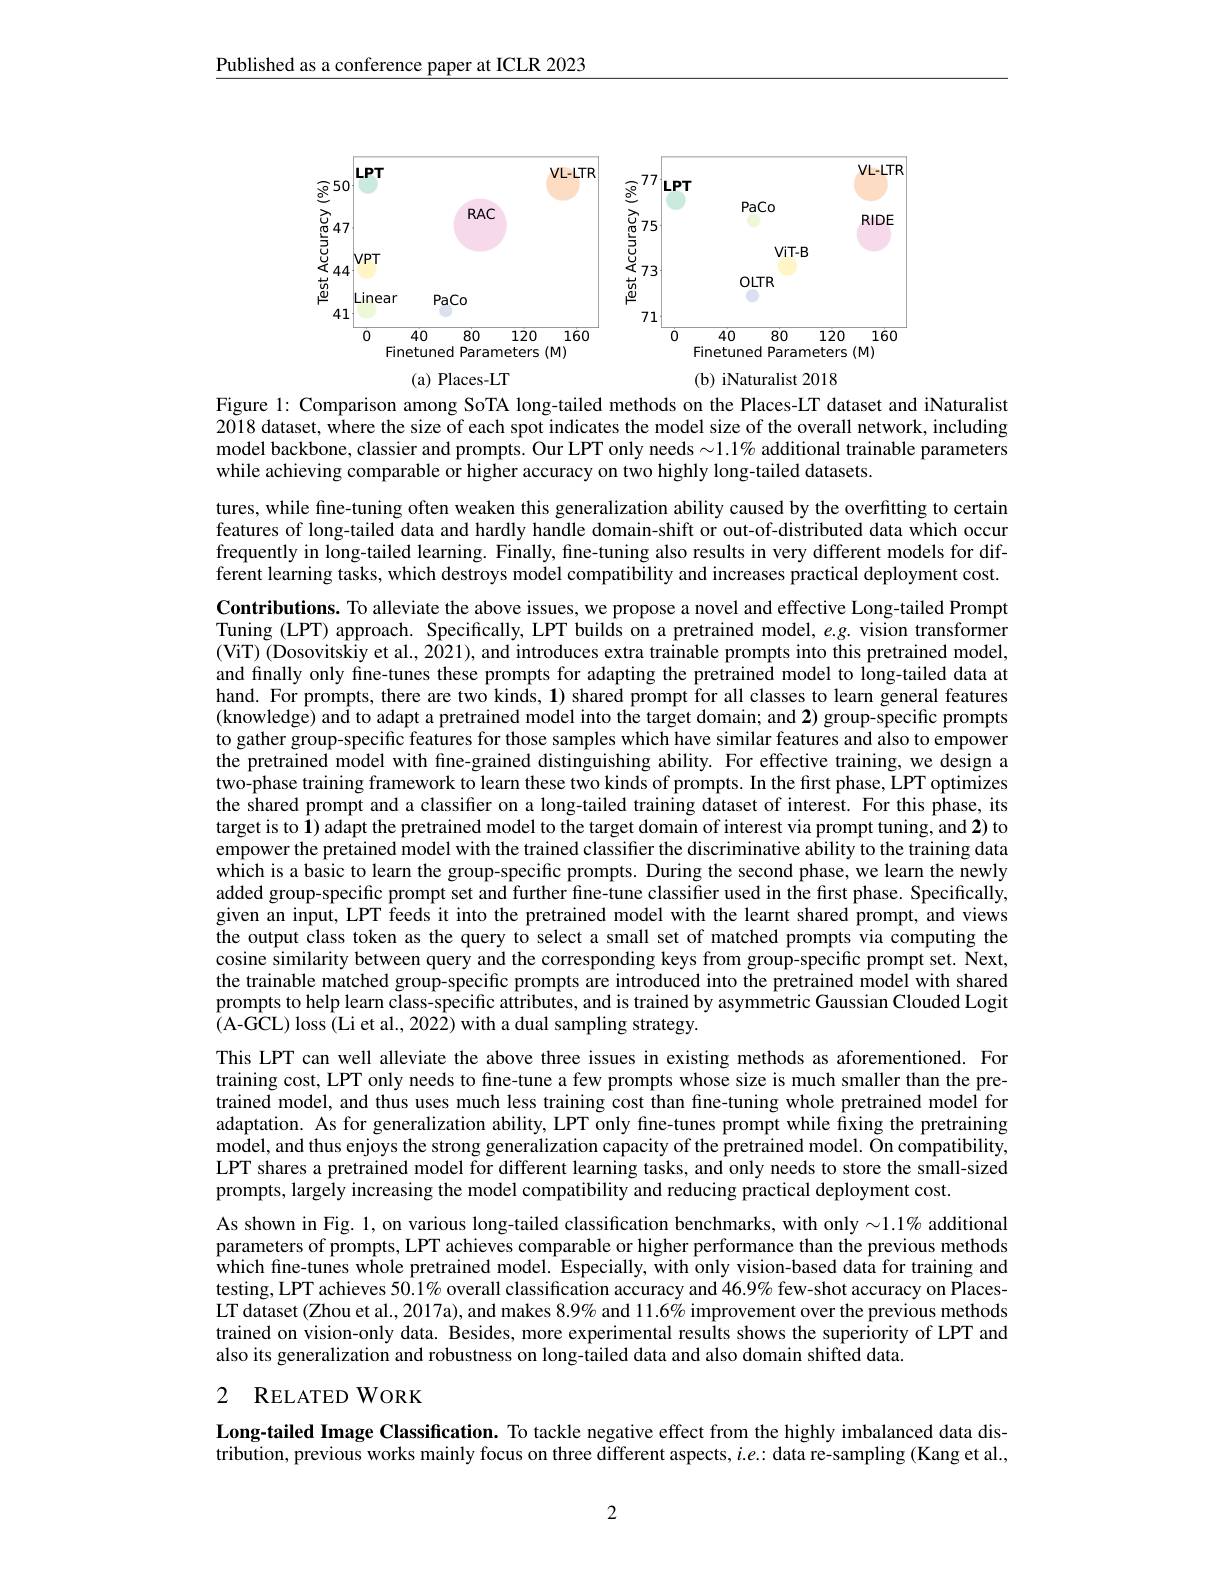
Published as a conference paper at ICLR 2023

<FigureHere>
(a) Places-LT
(b) iNaturalist 2018

Figure 1: Comparison among SoTA long-tailed methods on the Places-LT dataset and iNaturalist $2\tilde{0}18$ dataset, where the size of each spot indicates the model size of the overall network, including model backbone, classier and prompts. Our LPT only needs $\sim1.1\%$ additional trainable parameters while achieving comparable or higher accuracy on two highly long-tailed datasets.

tures, while fine-tuning often weaken this generalization ability caused by the overfitting to certain features of long-tailed data and hardly handle domain-shift or out-of-distributed data which occur frequently in long-tailed learning. Finally, fine-tuning also results in very different models for different learning tasks, which destroys model compatibility and increases practical deployment cost. Contributions. To alleviate the above issues, we propose a novel and effective Long-tailed Prompt Tuning (LPT) approach. Specifically, LPT builds on a pretrained model, e.g. vision transformer (ViT) (Dosovitskiy et al., 2021), and introduces extra trainable prompts into this pretrained model, and finally only fine-tunes these prompts for adapting the pretrained model to long-tailed data at hand. For prompts, there are two kinds, 1) shared prompt for all classes to learn general features $( \text{knowledg\^{e} ) and to adapt a pretrained model into the target domain; and 2) group- specific prompts}$ to gather group-specific features for those samples which have similar features and also to empower the pretrained model with fine-grained distinguishing ability. For effective training, we design a $\hat{\text{two-phase training framework to learn these two kinds of prompts. In the first phase, LPT optimizes}}$ the shared prompt and a classifier on a long-tailed training dataset of interest. For this phase, its target is to $\mathbf{1})$ adapt the pretrained model to the target domain of interest via prompt tuning, and 2) to empower the pretained model with the trained classifier the discriminative ability to the training data which is a basic to learn the group-specific prompts. During the second phase, we learn the newly added group-specific prompt set and further fine-tune classifier used in the first phase. Specifically, given an input, LPT feeds it into the pretrained model with the learnt shared prompt, and views the output class token as the query to select a small set of matched prompts via computing the cosine similarity between query and the corresponding keys from group-specific prompt set. Next, the trainable matched group-specific prompts are introduced into the pretrained model with shared prompts to help learn class-specific attributes, and is trained by asymmetric Gaussian Clouded Logit (A-GCL)loss (Li et al., 2022) with a dual sampling strategy.
This LPT can well alleviate the above three issues in existing methods as aforementioned. For training cost, LPT only needs to fine-tune a few prompts whose size is much smaller than the pretrained model, and thus uses much less training cost than fine-tuning whole pretrained model for adaptation. As for generalization ability, LPT only fine-tunes prompt while fixing the pretraining $\hat{\text{model, and thus enjoys the strong generalization capacity of the pretrained model. Õn compatibility,}}$ LPT shares a pretrained model for different learning tasks, and only needs to store the small-sized prompts, largely increasing the model compatibility and reducing practical deployment cost.
As shown in Fig. 1, on various long-tailed classification benchmarks, with only $\sim1.1\%$ additional parameters of prompts, LPT achieves comparable or higher performance than the previous methods $\hat{\text{which fine-tunes whole pretrained model. Especially, with only vision-based data for training and}}$ testing, LPT achieves 5$\hat{0.1\%}$ overall classification accuracy and 46.9% few-shot accuracy on PlacesLT dataset (Zhou et al., 2017a), and makes $8.9\%$ and 11.6% improvement over the previous methods trained on vision-only data. Besides, more experimental results shows the superiority of LPT and also its generalization and robustness on long-tailed data and also domain shifted data.
2 RELATEDWORK

Long-tailed Image Classification. To tackle negative effect from the highly imbalanced data distribution, previous works mainly focus on three different aspects, $i.e.:$ data re-sampling (Kang et al.,

2